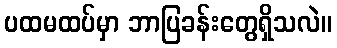
ပထမထပ်မှာ ဘာပြခန်းတွေရှိသလဲ။